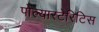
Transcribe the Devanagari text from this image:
पोल्यारटेरिटिस